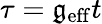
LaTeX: \tau=\mathfrak{g}_{\mathrm{{eff}}}t